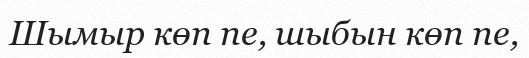
Шымыр көп пе, шыбын көп пе,